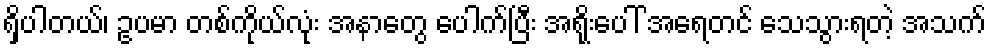
ရှိပါတယ်၊ ဥပမာ တစ်ကိုယ်လုံး အနာတွေ ပေါက်ပြီး အရိုးပေါ် အရေတင် သေသွားရတဲ့ အသက်